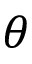
\theta